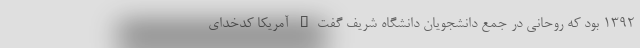
۱۳۹۲ بود كه روحانی در جمع دانشجویان دانشگاه شریف گفت" آمریکا کدخدای